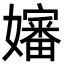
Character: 嬸